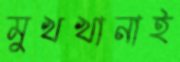
মুখখানাই